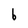
Character: 6